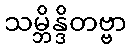
သမ္ဘိန္ဒိတဗ္ဗာ